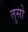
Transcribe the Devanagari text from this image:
तुसो